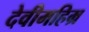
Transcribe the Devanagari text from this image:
देवीमहिम्र